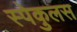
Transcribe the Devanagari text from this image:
स्पेकुलस